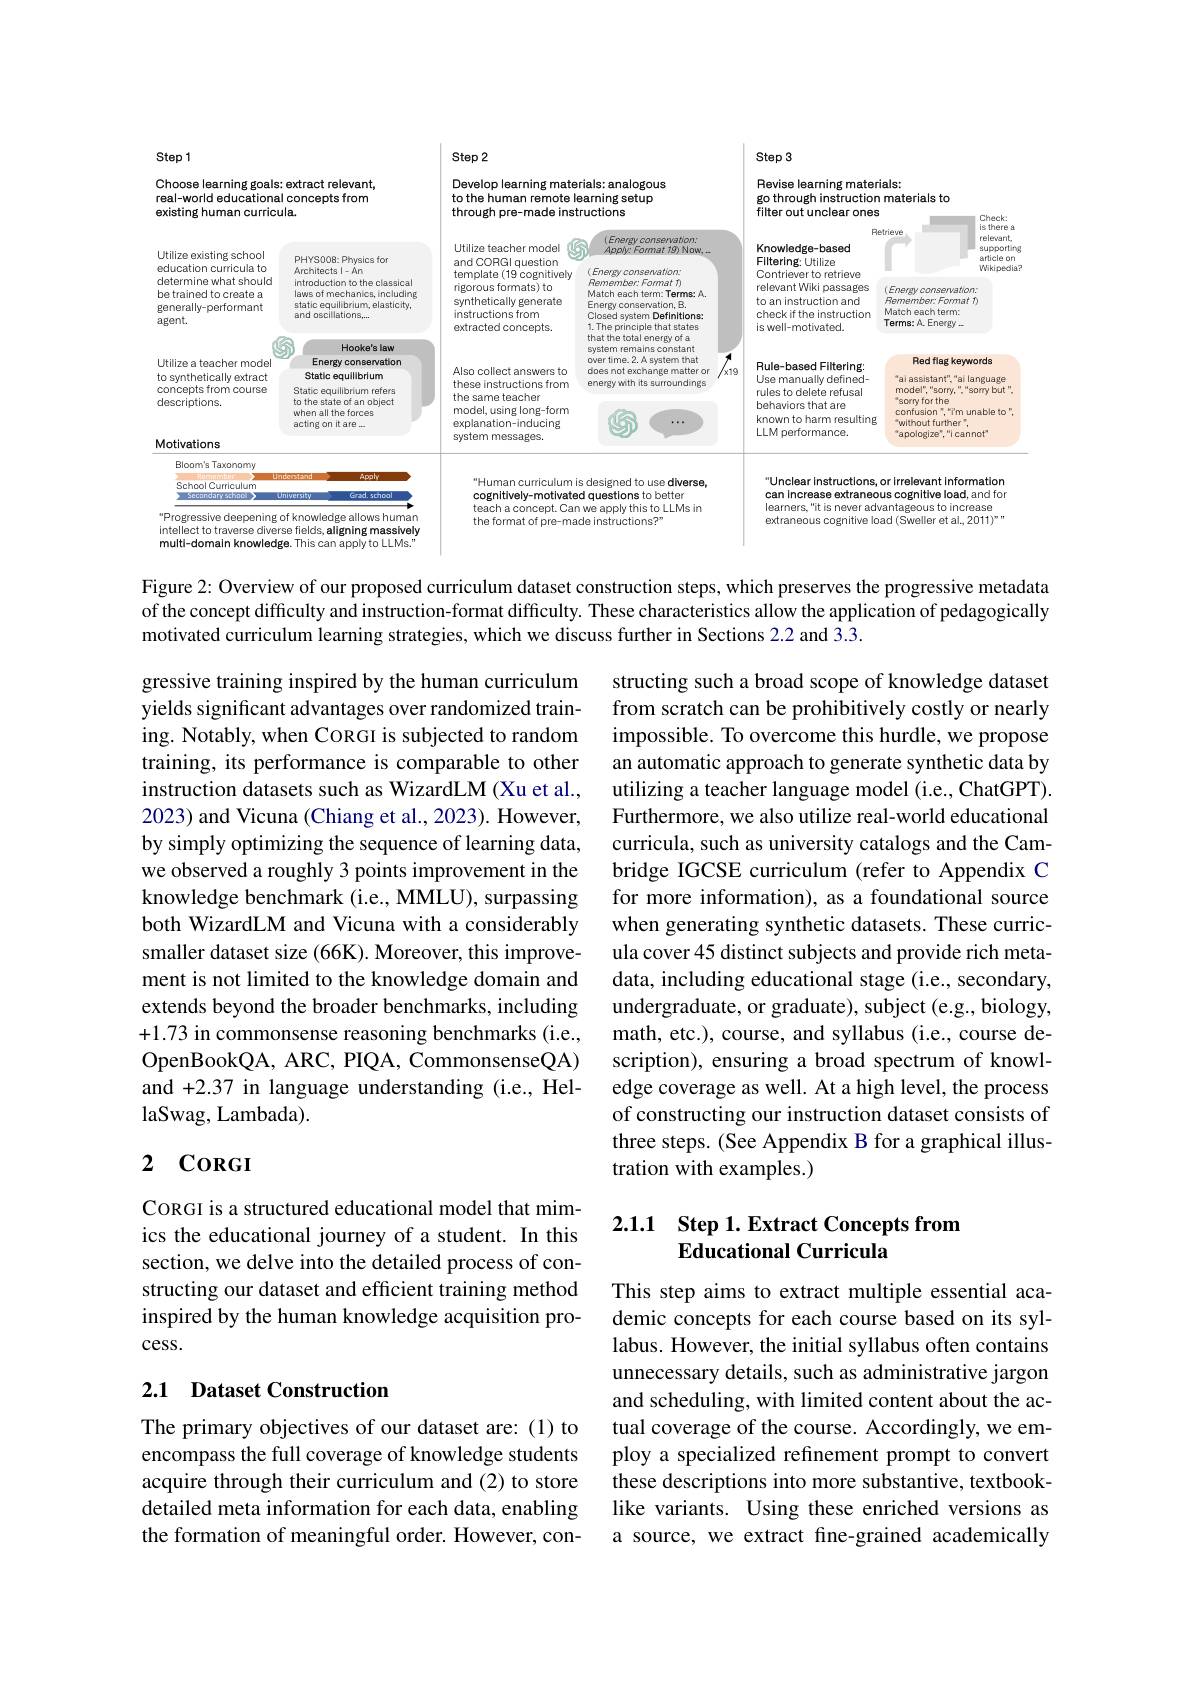
<FigureHere>

Figure 2: Overview of our proposed curriculum dataset construction steps, which preserves the progressive metadata of the concept difficulty and instruction-format difficulty. These characteristics allow the application of pedagogically motivated curriculum learning strategies, which we discuss further in Sections 2.2 and 3.3.

gressive training inspired by the human curriculum yields significant advantages over randomized training. Notably, when CORGI is subjected to random training, its performance is comparable to other instruction datasets such as WizardLM (Xu et al., 2023) and Vicuna (Chiang et al., 2023). However, by simply optimizing the sequence of learning data, we observed a roughly 3 points improvement in the knowledge benchmark (i.e., MMLU), surpassing both WizardLM and Vicuna with a considerably smaller dataset size (66K). Moreover, this improvement is not limited to the knowledge domain and extends beyond the broader benchmarks, including +1.73 in commonsense reasoning benchmarks (i.e., OpenBookQA, ARC, PIQA, CommonsenseQA) and +2.37 in language understanding (i.e., HellaSwag, Lambada).

structing such a broad scope of knowledge dataset from scratch can be prohibitively costly or nearly impossible. To overcome this hurdle, we propose an automatic approach to generate synthetic data by utilizing a teacher language model (i.e., ChatGPT) Furthermore, we also utilize real-world educational curricula, such as university catalogs and the Cambridge IGCSE curriculum (refer to Appendix C for more information), as a foundational source when generating synthetic datasets. These curricula cover 45 distinct subjects and provide rich metadata, including educational stage (i.e., secondary, undergraduate, or graduate), subject (e.g., biology, math, etc.), course, and syllabus (i.e., course description), ensuring a broad spectrum of knowledge coverage as well. At a high level, the process of constructing our instruction dataset consists of three steps. (See Appendix B for a graphical illustration with examples.)

## 2 CoRGI

## 2.1.1 Step 1. Extract Concepts from Educational Curricula

CORGI is a structured educational model that mimics the educational journey of a student. In this section, we delve into the detailed process of constructing our dataset and efficient training method inspired by the human knowledge acquisition process.

### 2.1 Dataset Construction

This step aims to extract multiple essential academic concepts for each course based on its syllabus. However, the initial syllabus often contains unnecessary details, such as administrative jargon and scheduling, with limited content about the actual coverage of the course. Accordingly, we employ a specialized refinement prompt to convert these descriptions into more substantive, textbooklike variants. Using these enriched versions as a source, we extract fine-grained academically

The primary objectives of our dataset are: (1) to encompass the full coverage of knowledge students acquire through their curriculum and (2) to store detailed meta information for each data, enabling the formation of meaningful order. However, con-